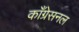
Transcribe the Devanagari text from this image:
काँग्रेसनल